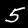
Digit: 5